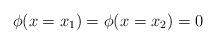
LaTeX: \begin{align*}\phi (x=x_1)=\phi (x=x_2)=0 \end{align*}